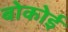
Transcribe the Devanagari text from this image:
बोकोई